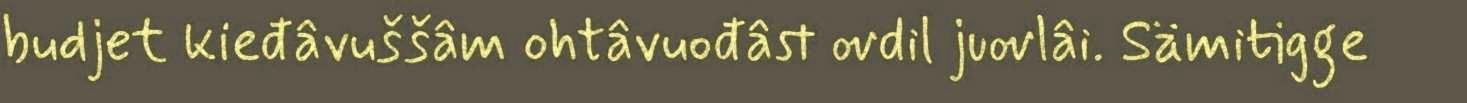
budjet kieđâvuššâm ohtâvuođâst ovdil juovlâi. Sämitigge